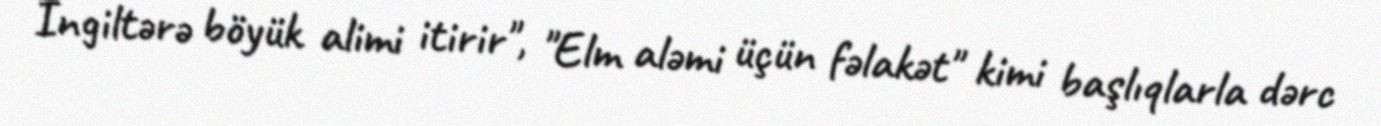
İngiltərə böyük alimi itirir", "Elm aləmi üçün fəlakət" kimi başlıqlarla dərc